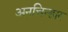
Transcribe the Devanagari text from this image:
अनचिन्हार